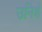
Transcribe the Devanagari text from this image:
उनिशे